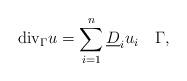
LaTeX: \begin{align*} \mathrm{div}_\Gamma u = \sum_{i=1}^n\underline{D}_iu_i \quad\Gamma,\end{align*}